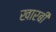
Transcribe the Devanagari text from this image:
खारबी